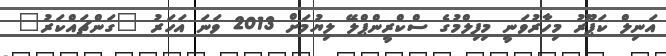
އަނިލް ކަޕޫރު މިހާރުވަނީ މިފިލްމުގެ ސްކްރީންޕްލޭ ލިޔުމަށް 2013 ވަނަ އަހަރު "ގަންޗައްކަރު"